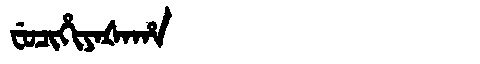
Manchu: ᠸᡠᠴᡳᡥᡳᠶᠠᡧᠠᡥᠠ
Romanization: FUCIHIYAŠAHA